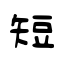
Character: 短